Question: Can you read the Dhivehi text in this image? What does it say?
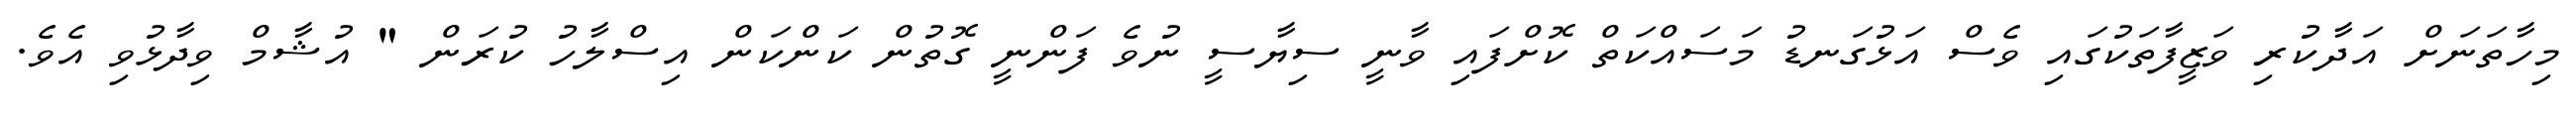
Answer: މިހާތަނަށް އަދާކުރި ވަޒީފާތަކުގައި ވެސް އަޅުގަނޑު މަސައްކަތް ކޮށްފައި ވާނީ ސިޔާސީ ނުވެ ފަންނީ ގޮތުން ކަންކަން އިސްލާހު ކުރަން " އުޝާމް ވިދާޅުވި އެވެ.